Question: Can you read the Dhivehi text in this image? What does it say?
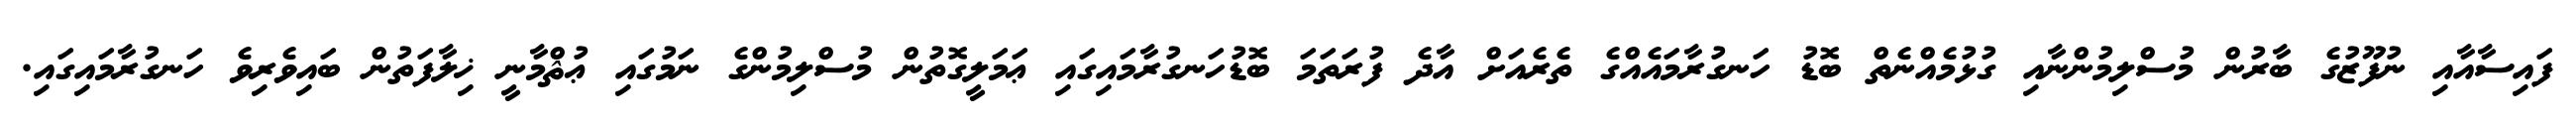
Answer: ފައިސާއާއި ނުފޫޒުގެ ބާރުން މުސްލިމުންނާއި ގުޅުމެއްނެތް ބޮޑު ހަނގުރާމައެއްގެ ތެރެއަށް އާދެ ފުރަތަމަ ބޮޑުހަނގުރާމައިގައި ޢަމަލީގޮތުން މުސްލިމުންގެ ނަމުގައި ޢުޘްމާނީ ޚިލާފަތުން ބައިވެރިވެ ހަނގުރާމައިގައި.